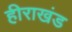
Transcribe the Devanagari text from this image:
हीराखंड